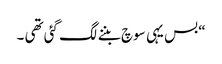
“ بس یہی سوچ بننے لگ گئی تھی ۔